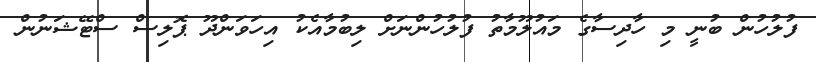
ފުލުހުން ބުނީ މި ހާދިސާގެ މައުލޫމާތު ފުލުހުންނަށް ލިބުމާއެކު އިހަވަންދޫ ޕޮލިސް ސްޓޭޝަނުން